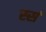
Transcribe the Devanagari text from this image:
स्सं